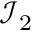
{ \mathcal { I } } _ { 2 }